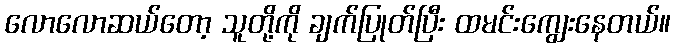
လောလောဆယ်တော့ သူတို့ကို ချက်ပြုတ်ပြီး ထမင်းကျွေးနေတယ်။